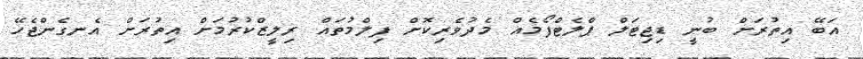
އަބޭ އިތުރަށް ބުނީ ޑިޖިޓަލް ޕްލެޓްފޯމެއް މެދުވެރިކޮށް ފިލްމުތައް ރިލީޒްކުރުމަށް އިތުރަށް އެނގެންޖެހޭ